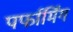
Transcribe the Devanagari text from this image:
पर्फार्मिंग